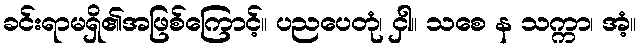
ခင်းရာမရှိ၏အဖြစ်ကြောင့်။ ပညပေတုံ၊ ငှါ။ သစေ န သက္ကာ၊ အံ့။